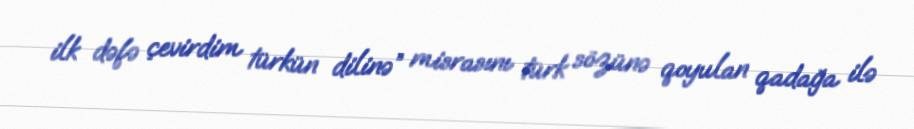
ilk dəfə çevirdim türkün dilinə” misrasını türk sözünə qoyulan qadağa ilə